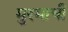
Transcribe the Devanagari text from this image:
मुरमाची